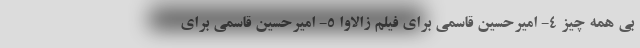
بی همه چیز 4- امیرحسین قاسمی برای فیلم زالاوا 5- امیرحسین قاسمی برای